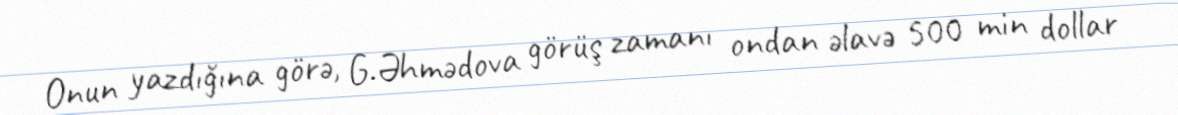
Onun yazdığına görə, G.Əhmədova görüş zamanı ondan əlavə 500 min dollar